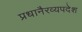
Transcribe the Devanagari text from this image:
प्रधानैरव्यपदेश